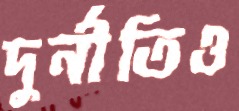
দুর্নীতিও